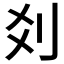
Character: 𠛄